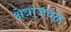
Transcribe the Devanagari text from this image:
क्षेत्रांजवळ